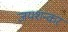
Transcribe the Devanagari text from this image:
जयशन्कर